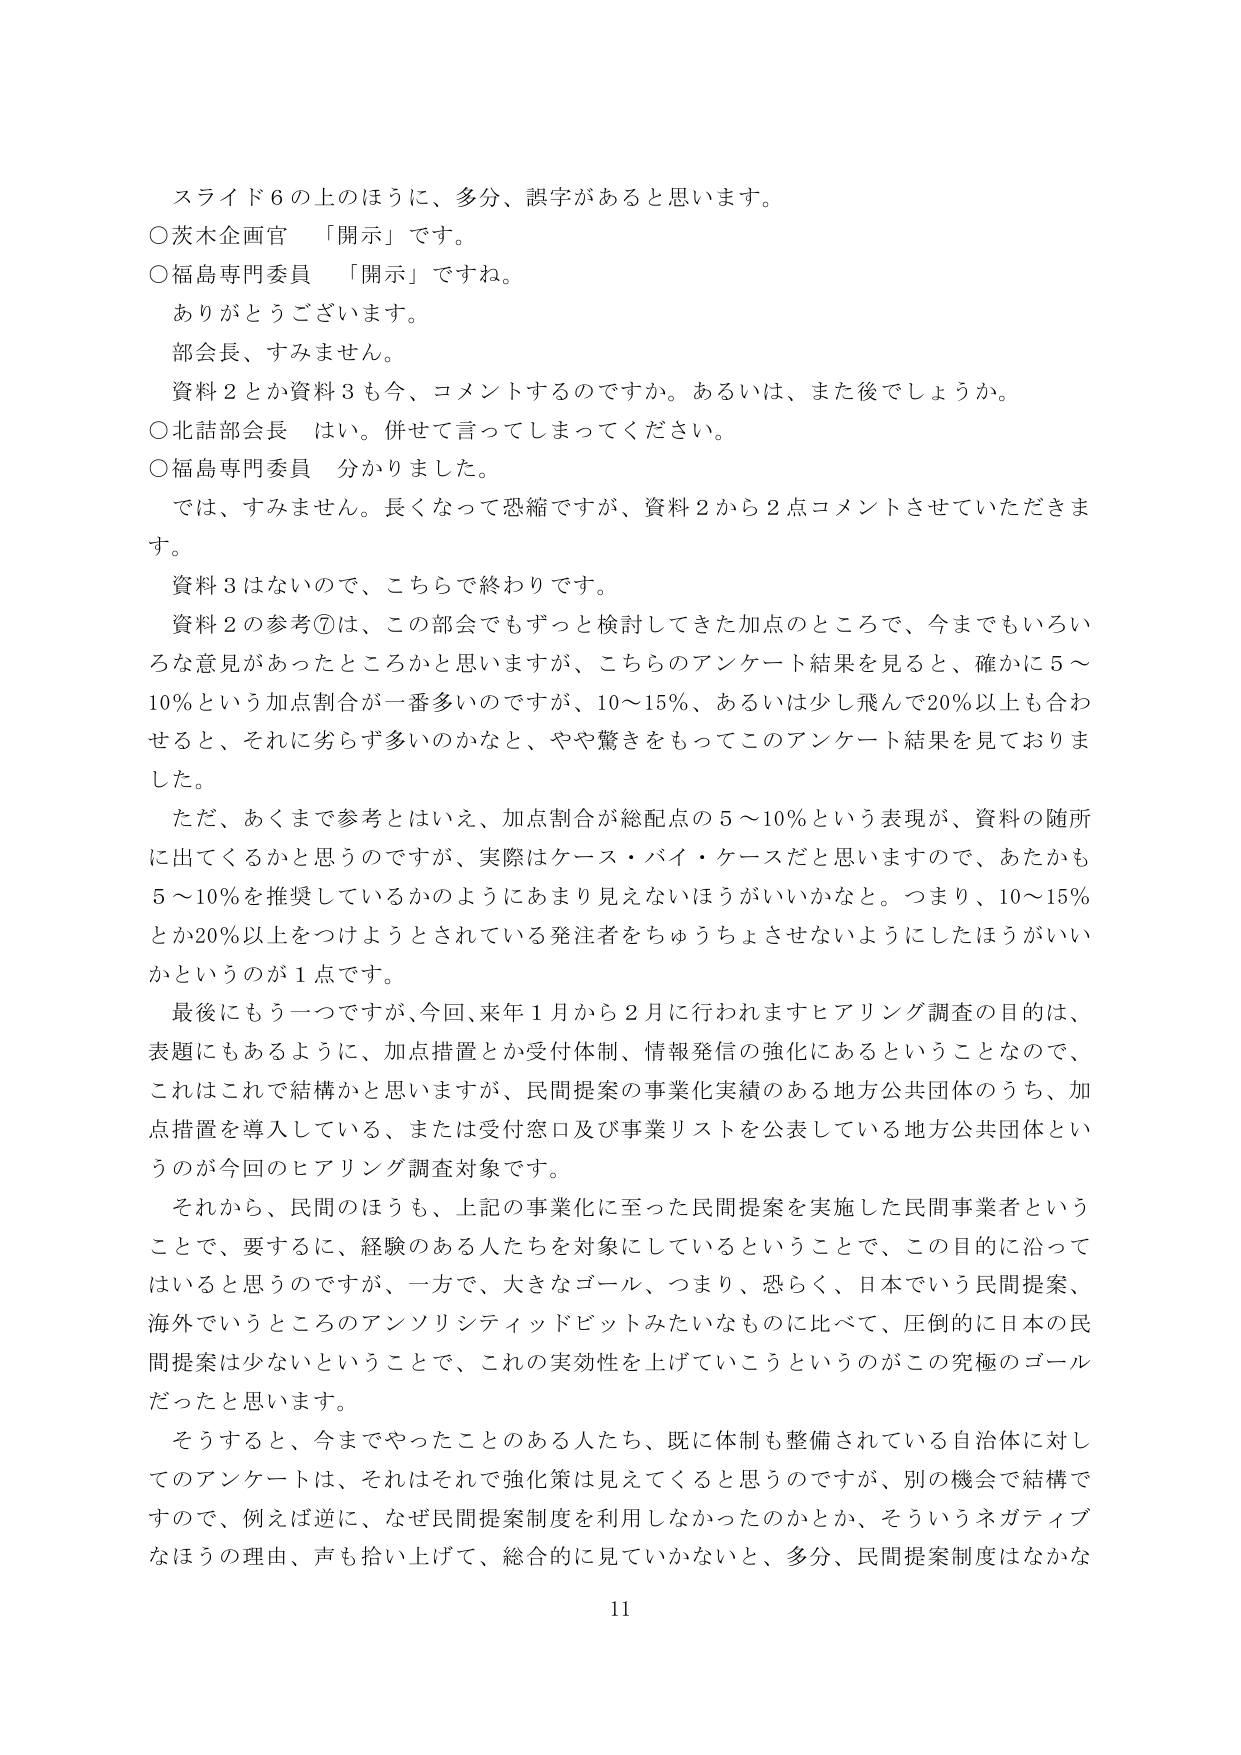
スライド６の上のほうに、多分、誤字があると思います。
○茨木企画官 「開示」です。
○福島専門委員 「開示」ですね。
ありがとうございます。
部会長、すみません。
資料２とか資料３も今、コメントするのですか。あるいは、また後でしょうか。
○北舘部会長 はい。併せて言ってしまってください。
○福島専門委員 分かりました。
では、すみません。長くなって恐縮ですが、資料２から２点コメントさせていただきます。
資料３はないので、こちらで終わりです。
資料２の参考⑦は、この部会でもずっと検討してきた加点のところで、今までもいろいろな意見があったところかと思いますが、こちらのアンケート結果を見ると、確かに５～10％という加点割合が一番多いのですが、10～15％、あるいは少し飛んで20％以上も合わせると、それに劣らず多いのかなと、やや驚きをもってこのアンケート結果を見ておりました。
ただ、あくまで参考とはいえ、加点割合が総配点の５～10％という表現が、資料の随所に出てくるかと思うのですが、実際はケース・バイ・ケースだと思いますので、あたかも５～10％を推奨しているかのようにあまり見えないほうがいいかなと。つまり、10～15％とか20％以上をつけようとしている発注者をちゅうちょさせないようにしたほうがいいかというのが１点です。
最後にもう一つですが、今回、来年１月から２月に行われますヒアリング調査の目的は、表題にもあるように、加点措置とか受付体制、情報発信の強化にあるということなので、これはこれで結構かと思いますが、民間提案の事業化実績のある地方公共団体のうち、加点措置を導入している、または受付窓口及び事業リストを公表している地方公共団体というのが今回のヒアリング調査対象です。
それから、民間のほうも、上記の事業化に至った民間提案を実施した民間事業者ということで、要するに、経験のある人たちを対象にしているということで、この目的に沿ってはいると思うのですが、一方で、大きなゴール、つまり、恐らく、日本でいう民間提案、海外でいうところのアンソリシティッドビットみたいなものに比べて、圧倒的に日本の民間提案は少ないということで、これの実効性を上げていこうというのがこの究極のゴールだったと思います。
そうすると、今までやったことのある人たち、既に体制も整備されている自治体に対してのアンケートは、それはそれで強化策は見えてくると思うのですが、別の機会で結構ですので、例えば逆に、なぜ民間提案制度を利用しなかったのかとか、そういうネガティブなほうの理由、声も拾い上げて、総合的に見ていかないと、多分、民間提案制度はなかなか

11